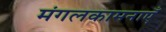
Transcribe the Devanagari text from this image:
मंगलकामनाएँ